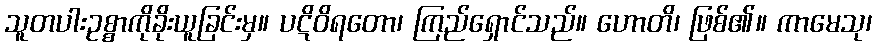
သူတပါးဥစ္စာကိုခိုးယူခြင်းမှ။ ပဋိဝိရတော၊ ကြည်ရှောင်သည်။ ဟောတိ၊ ဖြစ်၏။ ကာမေသု၊